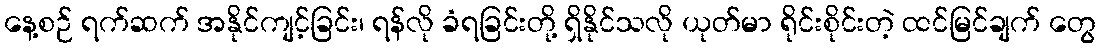
နေ့စဉ် ရက်ဆက် အနိုင်ကျင့်ခြင်း၊ ရန်လို ခံရခြင်းတို့ ရှိနိုင်သလို ယုတ်မာ ရိုင်းစိုင်းတဲ့ ထင်မြင်ချက် တွေ